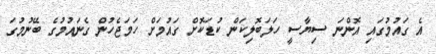
އެ ގައުމުގައި އޮންނަ ސިޔާސީ ހަލަބޮލިކަން ކުޑަކޮށް ގައުމަށް ހަމަޖެހުން ގެނައުމުގެ ބޭނުމުގަ